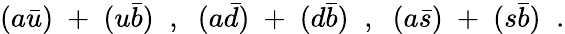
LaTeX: (a\bar{u})\; +\; (u\bar{b})\; \; ,\; \; (a\bar{d})\; +\; (d\bar{b})\; \; ,\; \; (a\bar{s})\; +\; (s\bar{b})\; \; .